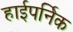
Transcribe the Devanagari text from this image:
हाईपर्निक